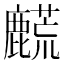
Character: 𬹀